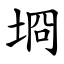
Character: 埛